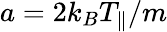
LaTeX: a=2k_{B}T_{\parallel}/m